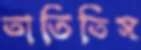
তাতিতিস